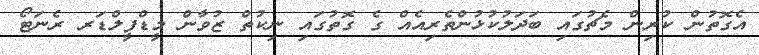
އެގޮތުން ކުރިން މެޗުގައި ބަދަލުކުޅުންތެރިއެއް ގެ ގޮތުގައި ނިކުތް ޒުވާން މީޑްފީލްޑަރ ރެނަޓޯ